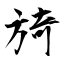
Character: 旑